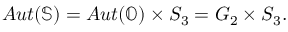
\begin{array} { r } { A u t ( \mathbb { S } ) = A u t ( \mathbb { O } ) \times S _ { 3 } = G _ { 2 } \times S _ { 3 } . } \end{array}